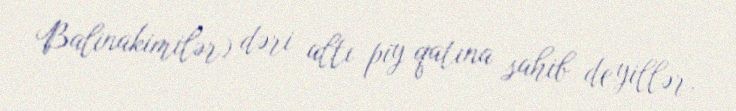
Balinakimilər) dəri altı piy qatına sahib deyillər.